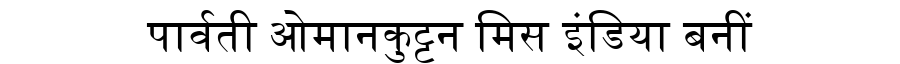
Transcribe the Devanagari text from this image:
पार्वती ओमानकुट्टन मिस इंडिया बनीं